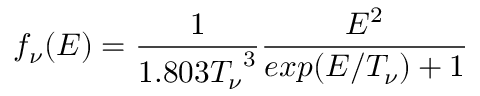
f _ { \nu } ( E ) = { \frac { 1 } { 1 . 8 0 3 { T _ { \nu } } ^ { 3 } } } { \frac { E ^ { 2 } } { e x p ( E / T _ { \nu } ) + 1 } }